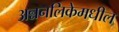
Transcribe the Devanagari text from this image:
अन्ननलिकेमधील